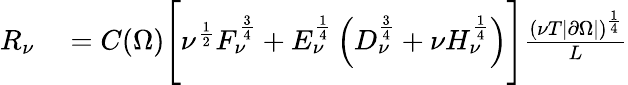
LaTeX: \begin{array}{rl}{R_{\nu}}&{{}=C(\Omega)\Biggl[\nu^{\frac 12}F_{\nu}^{\frac 34}+E_{\nu}^{\frac 14}\left(D_{\nu}^{\frac 34}+\nu H_{\nu}^{\frac 14}\right)\Biggr]\frac{(\nu T|\partial\Omega|)^{\frac 14}}L}\end{array}